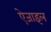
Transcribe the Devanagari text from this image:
ऐजाइल